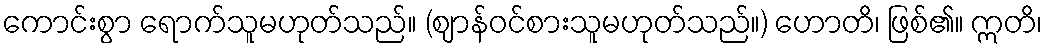
ကောင်းစွာ ရောက်သူမဟုတ်သည်။ (ဈာန်ဝင်စားသူမဟုတ်သည်။) ဟောတိ၊ ဖြစ်၏။ ဣတိ၊